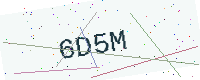
Text: 6D5M